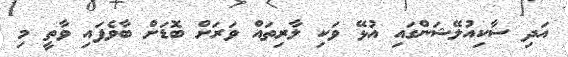
އަދި ސާކިއުލޭޝަންގައި އުޅޭ ވަކި ލާރިތައް ވަރަށް ބޮޑަށް ބާވެފައި ވާތީ މި